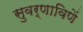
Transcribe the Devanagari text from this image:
सुवर्णाविणें